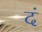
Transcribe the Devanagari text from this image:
दं